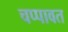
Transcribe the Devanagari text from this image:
चप्पावत